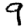
Digit: 9